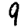
Digit: 9